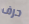
حرف